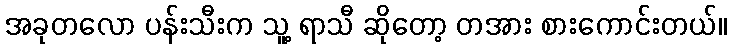
အခုတလော ပန်းသီးက သူ့ ရာသီ ဆိုတော့ တအား စားကောင်းတယ်။